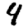
Digit: 4